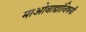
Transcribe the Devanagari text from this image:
माओवाद्यांविषयी